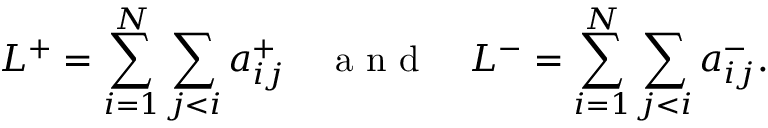
L ^ { + } = \sum _ { i = 1 } ^ { N } \sum _ { j < i } a _ { i j } ^ { + } \quad \mathrm { ~ a ~ n ~ d ~ } \quad L ^ { - } = \sum _ { i = 1 } ^ { N } \sum _ { j < i } a _ { i j } ^ { - } .